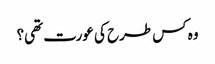
وہ کس طرح کی عورت تھی؟